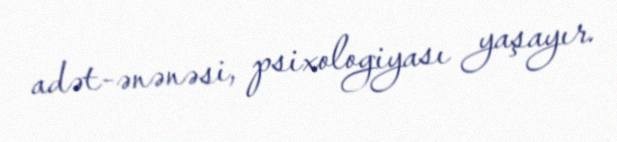
adət-ənənəsi, psixologiyası yaşayır.